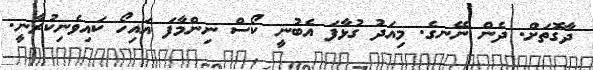
ދާގޮތަށް. ދެން ނޭނގެ. މިއަދު ގުޅާފަ އެބުނީ ކޯސް ނިންމާފަ އައިހޯ ކައިވެނިކުރާނީ.